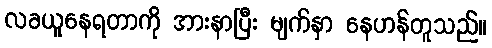
လခယူနေရတာကို အားနာပြီး မျက်နှာ နေဟန်တူသည်။